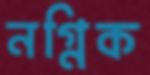
নগ্নিক